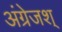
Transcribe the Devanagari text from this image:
अंग्रेजश्